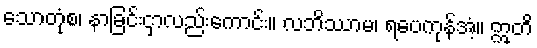
သောတုံစ၊ နာခြင်းငှာလည်းကောင်း။ လဘိဿာမ၊ ရပေကုန်အံ့။ ဣတိ